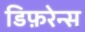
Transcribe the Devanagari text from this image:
डिफ़रेन्स